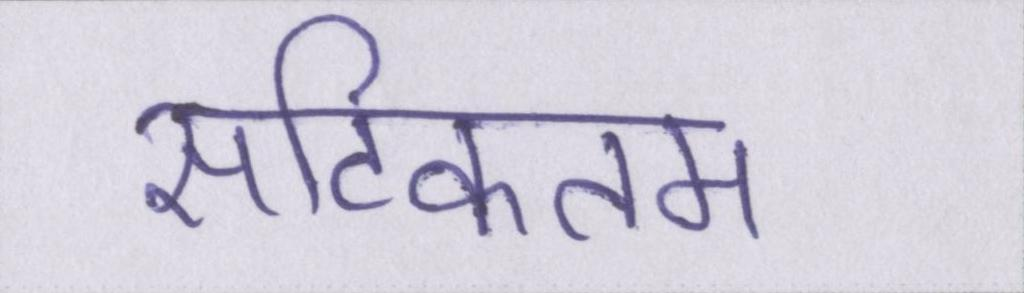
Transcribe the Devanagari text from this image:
सटिकतम